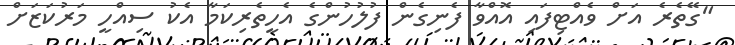
"ގޭތެރެ އަށް ވެއްޓިފައި އޮއްވާ ފެނިގެން ފުލުހުންގެ އެހީތެރިކަމާ އެކު ސިއްހީ މަރުކަޒަށް